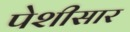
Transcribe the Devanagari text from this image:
पेशीसार